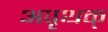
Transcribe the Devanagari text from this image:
अपृथक्